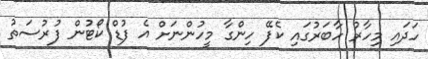
ހަދައި މިހާރު ހާބަރުގައި ކެފޭ ހިންގާ މީހުންނަށް އެ ފުޑް ކޯޓުން ފުރުސަތު